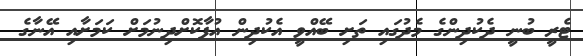
ޓެރީ ބުނީ ދެކުދިންގެ މެދުގައި ތަށި ބޭއްވީ އެކުދިން އުފާކޮށްދިނުމަށް ކަމަށާއި އޭނާގެ